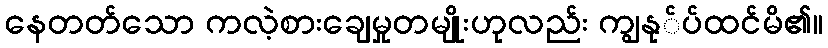
နေတတ်သော ကလဲ့စားချေမှုတမျိုးဟုလည်း ကျွနု်ပ်ထင်မိ၏။